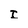
Character: I